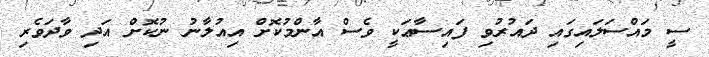
ސީ މައްސަލައިގައި ދައުރުވި ފައިސާޢަކީ ވެސް އާންމުކޮށް އިއުލާނު ނުކޮށް އަދި ވާދަވެރި